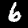
Digit: 6